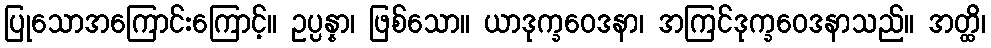
ပြုသောအကြောင်းကြောင့်။ ဥပ္ပန္နာ၊ ဖြစ်သော။ ယာဒုက္ခဝေဒနာ၊ အကြင်ဒုက္ခဝေဒနာသည်။ အတ္ထိ၊